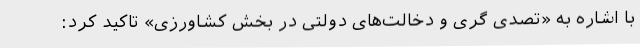
با اشاره به «تصدی گری و دخالت‌های دولتی در بخش کشاورزی» تاکید کرد: